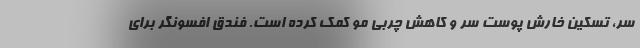
سر، تسکین خارش پوست سر و کاهش چربی مو کمک کرده است. فندق افسونگر برای